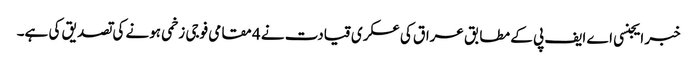
خبر ایجنسی اے ایف پی کے مطابق عراق کی عسکری قیادت نے 4 مقامی فوجی زخمی ہونے کی تصدیق کی ہے۔